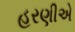
હરણીએ